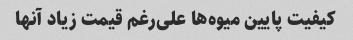
کیفیت پایین میوه‌ها علی‌رغم قیمت زیاد آنها